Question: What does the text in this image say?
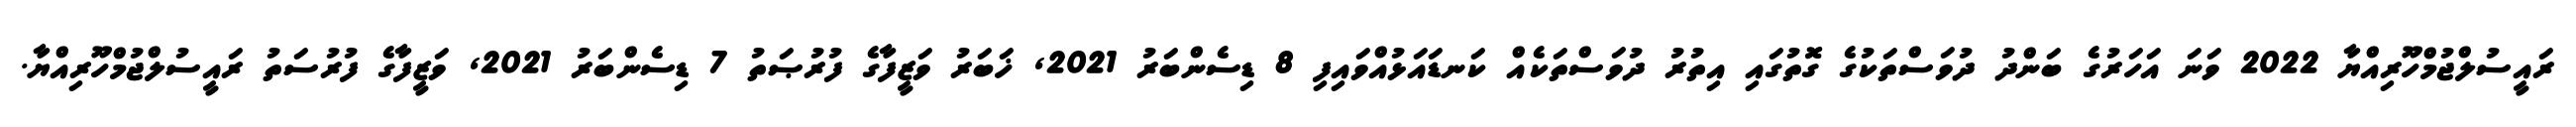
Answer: ރައީސުލްޖުމްހޫރިއްޔާ 2022 ވަނަ އަހަރުގެ ބަންދު ދުވަސްތަކުގެ ގޮތުގައި އިތުރު ދުވަސްތަކެއް ކަނޑައަޅުއްވައިފި 8 ޑިސެންބަރު 2021, ޚަބަރު ވަޒީފާގެ ފުރުޞަތު 7 ޑިސެންބަރު 2021, ވަޒީފާގެ ފުރުސަތު ރައީސުލްޖުމްހޫރިއްޔާ.